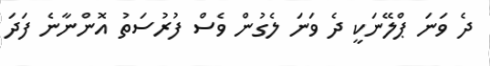
ދެ ވަނަ ޕްލޭނަކީ ދެ ވަނަ ލެގުން ވެސް ފުރުސަތު އޮންނާނެ ފަދަ